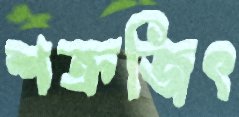
শক্রজিৎ